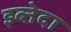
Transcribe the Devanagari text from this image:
इब्तेदा